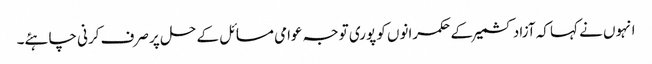
انہوں نے کہا کہ آزاد کشمیر کے حکمرانوں کو پوری توجہ عوامی مسائل کے حل پر صرف کرنی چاہئے۔